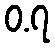
ဝ.၇